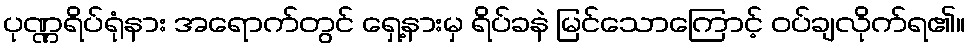
ပုဏ္ဏရိပ်ရုံနား အရောက်တွင် ရှေ့နားမှ ရိပ်ခနဲ မြင်သောကြောင့် ဝပ်ချလိုက်ရ၏။